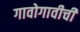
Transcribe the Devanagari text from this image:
गावोगावीची